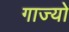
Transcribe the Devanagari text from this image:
गाज्यो